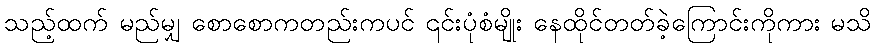
သည့်ထက် မည်မျှ စောစောကတည်းကပင် ၎င်းပုံစံမျိုး နေထိုင်တတ်ခဲ့ကြောင်းကိုကား မသိ